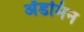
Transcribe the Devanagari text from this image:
ॲडमिन